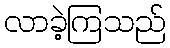
လာခဲ့ကြသည်